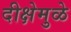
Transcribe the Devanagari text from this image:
दीक्षेमुळे